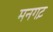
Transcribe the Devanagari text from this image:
मनगट़